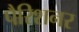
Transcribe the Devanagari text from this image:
पैरिशनर